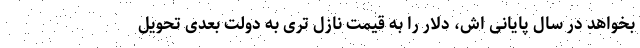
بخواهد در سال پایانی اش، دلار را به قیمت نازل تری به دولت بعدی تحویل